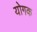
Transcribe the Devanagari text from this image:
योगक